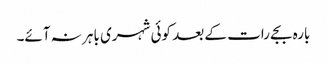
بارہ بجے رات کے بعد کوئی شہری باہر نہ آئے۔